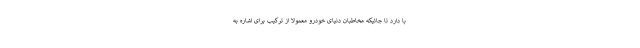
با دارد تا جائیکه مخاطبان دنیای خودرو معمولا از ترکیب برای اشاره به